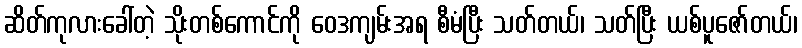
ဆိတ်ကုလားခေါ်တဲ့ သိုးတစ်ကောင်ကို ဝေဒကျမ်းအရ စီမံပြီး သတ်တယ်၊ သတ်ပြီး ယစ်ပူဇော်တယ်၊